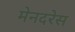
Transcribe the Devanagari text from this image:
मेनदरेस